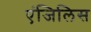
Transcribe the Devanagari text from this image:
एंजिलिस